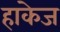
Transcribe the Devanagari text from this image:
हाकेज